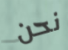
نحن